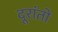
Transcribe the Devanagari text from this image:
दूरांतो